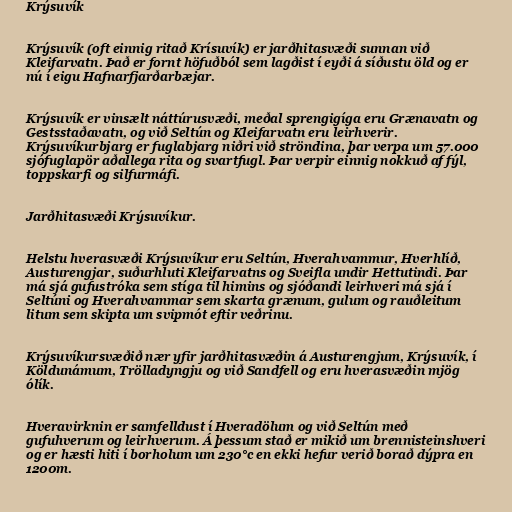
Krýsuvík

Krýsuvík (oft einnig ritað Krísuvík) er jarðhitasvæði sunnan við
Kleifarvatn. Það er fornt höfuðból sem lagðist í eyði á síðustu öld og er
nú í eigu Hafnarfjarðarbæjar.

Krýsuvík er vinsælt náttúrusvæði, meðal sprengigíga eru Grænavatn og
Gestsstaðavatn, og við Seltún og Kleifarvatn eru leirhverir.
Krýsuvíkurbjarg er fuglabjarg niðri við ströndina, þar verpa um 57.000
sjófuglapör aðallega rita og svartfugl. Þar verpir einnig nokkuð af fýl,
toppskarfi og silfurmáfi.

Jarðhitasvæði Krýsuvíkur.

Helstu hverasvæði Krýsuvíkur eru Seltún, Hverahvammur, Hverhlíð,
Austurengjar, suðurhluti Kleifarvatns og Sveifla undir Hettutindi. Þar
má sjá gufustróka sem stíga til himins og sjóðandi leirhveri má sjá í
Seltúni og Hverahvammar sem skarta grænum, gulum og rauðleitum
litum sem skipta um svipmót eftir veðrinu.

Krýsuvíkursvæðið nær yfir jarðhitasvæðin á Austurengjum, Krýsuvík, í
Köldunámum, Trölladyngju og við Sandfell og eru hverasvæðin mjög
ólík.

Hveravirknin er samfelldust í Hveradölum og við Seltún með
gufuhverum og leirhverum. Á þessum stað er mikið um brennisteinshveri
og er hæsti hiti í borholum um 230°c en ekki hefur verið borað dýpra en
1200m.